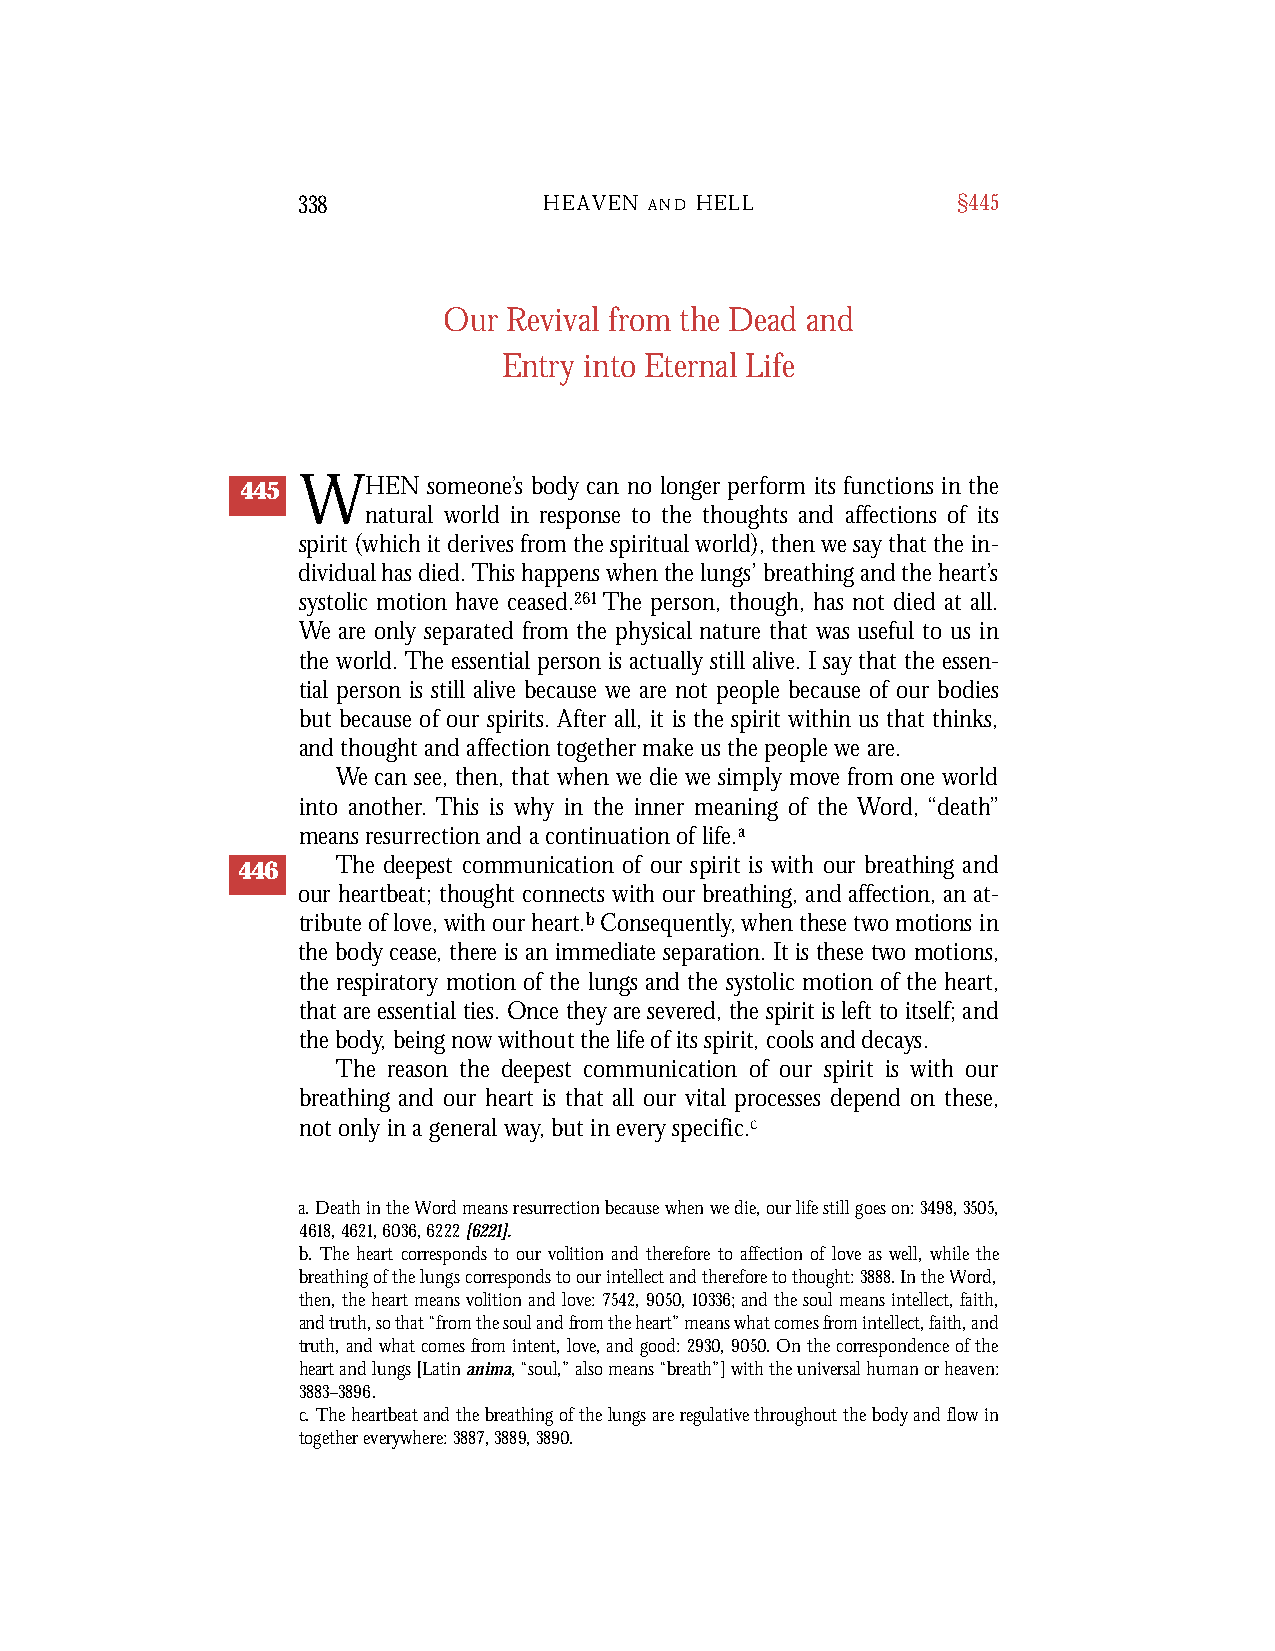
338             HEAVEN A N D H E L L       §445
 Our  Revival from the Dead and
 Entry into Eternal Life
 445 WHEN    someone’s body can no longer perform its functions in the
 natural world in response to the thoughts and affections of its
 spirit (which it derives from the spiritual world), then we say that the in-
 dividual has died. This happens when the lungs’ breathing and the heart’s
 systolic motion have ceased.261 The person, though, has not died at all.
 We are only separated from the physical nature that was useful to us in
 the world. The essential person is actually still alive. I say that the essen-
 tial person is still alive because we are not people because of our bodies
 but because of our spirits. After all, it is the spirit within us that thinks,
 and thought and affection together make us the people we are.
 We can see, then, that when we die we simply move from one world
 into another. This is why in the inner meaning of the Word, “death”
 means resurrection and a continuation of life.a
 446   The deepest communication of our spirit is with our breathing and
 our heartbeat; thought connects with our breathing, and affection, an at-
 tribute of love, with our heart. bCo n s e q u e n t l y , when these two motions in
 the body cease, there is an immediate separation. It is these two motions,
 the res p i r a t o r y motion of the lungs and the systolic motion of the heart,
 that are essential ties. Once they are sever ed, the spirit is left to itself; and
 the body, being now without the life of its spirit, cools and decays.
 The reason the deepest communication of our spirit is with our
 breathing and our heart is that all our vital processes depend on these,
 not only in a general way, but in every specific.c
 a. Death in the Word means resurrection because when we die, our life still goes on: 3498,3505,
 4618, 4621, 6036, 6222[6221].
 b. The heart corresponds to our volition and therefore to affection of love as well, while the
 breathing of the lungs corresponds to our intellect and therefore to thought: 3888. In the Word,
 then, the heart means volition and love: 7542,9050,10336; and the soul means intellect, faith,
 and truth, so that “from the soul and from the heart” means what comes from intellect, faith, and
 truth, and what comes from intent, love, and good: 2930,9050. On the correspondence of the
 heart and lungs [Latin anima, “soul,” also means “breath”] with the universal human or heaven:
 3883–3896.
 c. The heartbeat and the breathing of the lungs are regulative throughout the body and flow in
 together everywhere: 3887, 3889, 3890.